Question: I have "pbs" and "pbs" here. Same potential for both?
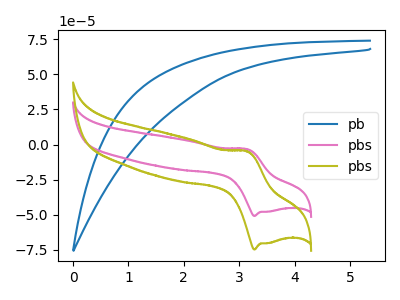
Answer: <think>The blue curve "pb" has no peaks. The pink curve "pbs" has an anodic peak at (3.15V, -3.35uA) and a cathodic peak at (3.30V, -51.00uA). The olive curve "pbs" has an anodic peak at (3.15V, -4.90uA) and a cathodic peak at (3.30V, -74.85uA).
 All the peaks in "pbs" have a peak in "pbs" at the same potential.</think>
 <answer>"pbs" and "pbs" are similar in shape.</answer>
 <eval>same_shape</eval>